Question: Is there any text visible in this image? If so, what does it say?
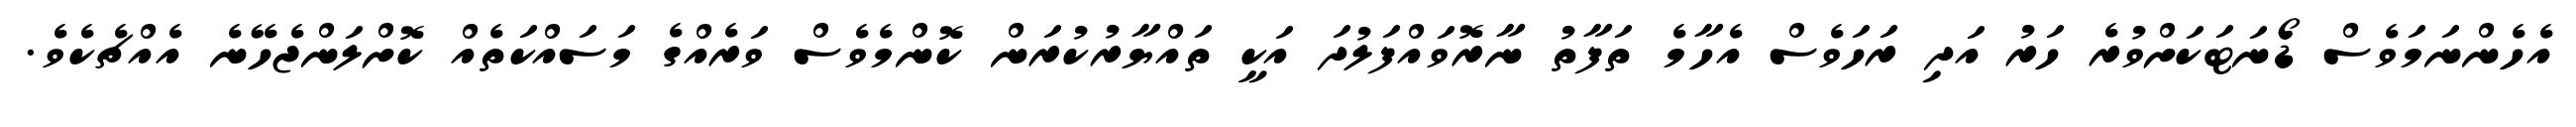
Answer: އެހެންނަމަވެސް ޑޯނަޓަކަށްވުރެ ހަރު އަދި ރަހަވެސް އެހާމެ ތަފާތު ނާރޮވައްފަލުދަ އަކީ ތައްޔާރުކުރަން ކޮންމެވެސް ވަރެއްގެ މަސައްކަތެއް ކޮށްލަންޖެހޭނެ އެއްޗެކެވެ.